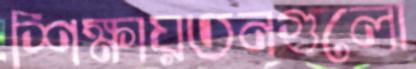
শিক্ষায়তনগুলো